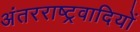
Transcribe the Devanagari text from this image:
अंतरराष्ट्रवादियों